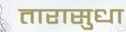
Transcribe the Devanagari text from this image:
तारासुधा